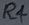
Text: R4